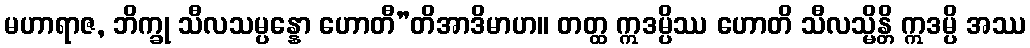
မဟာရာဇ, ဘိက္ခု သီလသမ္ပန္နော ဟောတီ”တိအာဒိမာဟ။ တတ္ထ ဣဒမ္ပိဿ ဟောတိ သီလသ္မိန္တိ ဣဒမ္ပိ အဿ